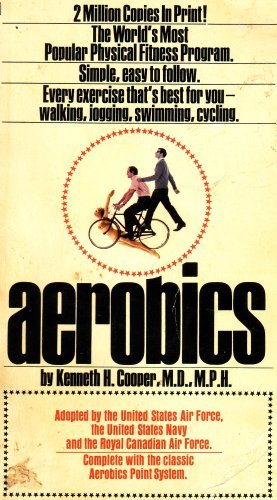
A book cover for Aerobics; Kenneth H. Cooper; Health, Fitness & Dieting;